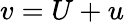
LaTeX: v=U+u